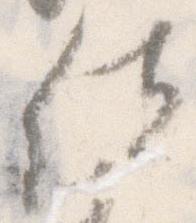
位